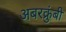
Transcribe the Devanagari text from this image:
अबरक्रुंबी